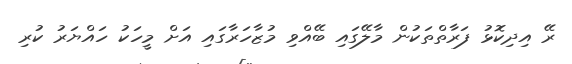
ރޭ އިދިކޮޅު ފަރާތްތަކުން މާލޭގައި ބޭއްވި މުޒާހަރާގައި އަށް މީހަކު ހައްޔަރު ކުރި